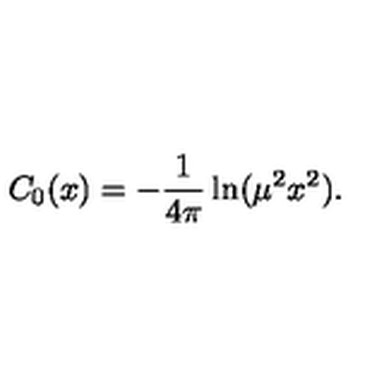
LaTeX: C _ { 0 } ( x ) = - \frac { 1 } { 4 \pi } \ln ( \mu ^ { 2 } x ^ { 2 } ) .